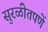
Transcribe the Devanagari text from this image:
सुरळीतपणें